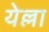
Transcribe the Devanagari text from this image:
येल्ला